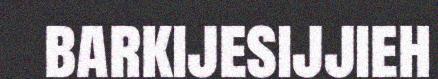
barkijesijjieh